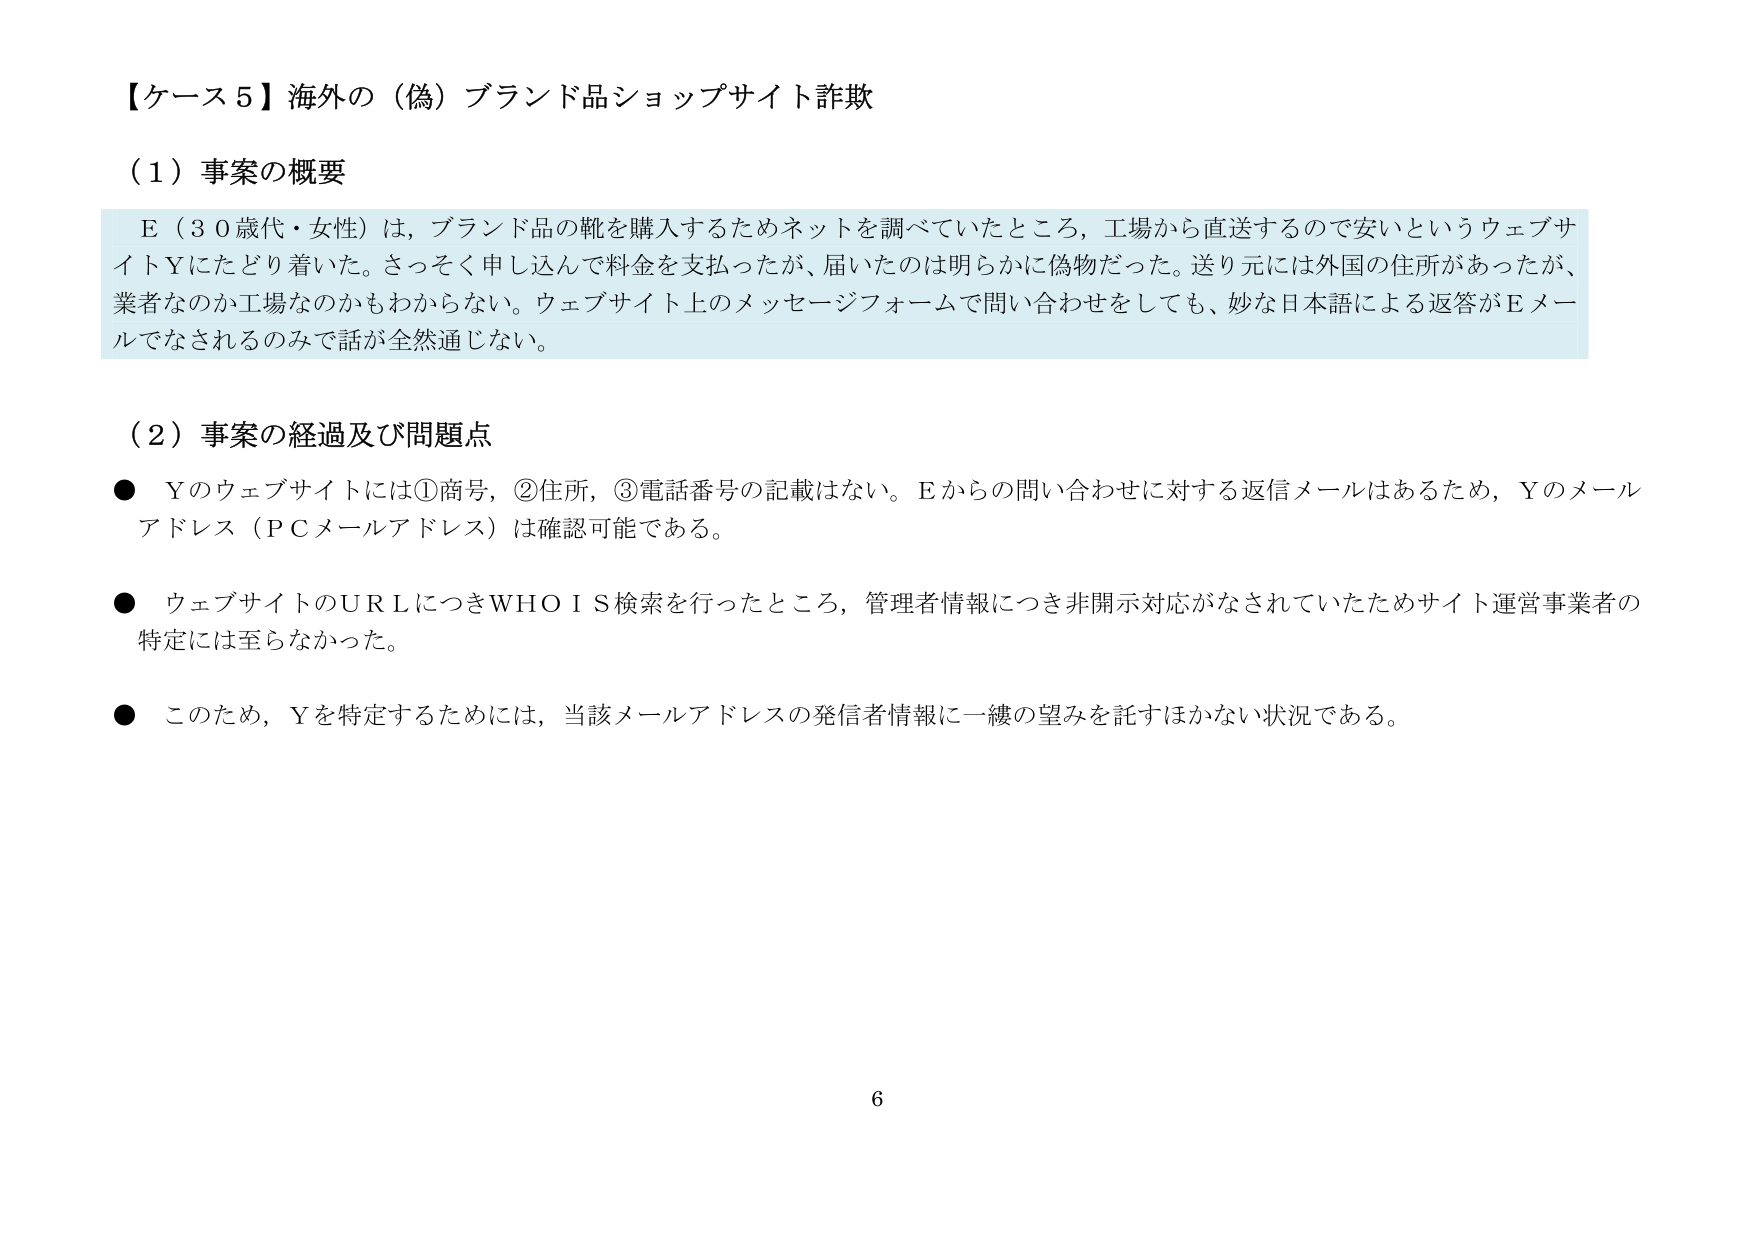
【ケース５】海外の（偽）ブランド品ショップサイト詐欺

（１）事案の概要
Ｅ（３０歳代・女性）は、ブランド品の靴を購入するためネットを調べていたところ、工場から直送するので安いというウェブサイトＹにたどり着いた。さっそく申し込んで料金を支払ったが、届いたのは明らかに偽物だった。送り元には外国の住所があったが、業者なのか工場なのかもわからない。ウェブサイト上のメッセージフォームで問い合わせをしても、妙な日本語による返答がＥメールでなされるのみで話が全然通じない。

（２）事案の経過及び問題点
● Ｙのウェブサイトには①商号，②住所，③電話番号の記載はない。Ｅからの問い合わせに対する返信メールはあるため，Ｙのメールアドレス（ＰＣメールアドレス）は確認可能である。
● ウェブサイトのＵＲＬにつきＷＨＯＩＳ検索を行ったところ，管理者情報につき非開示対応がなされていたためサイト運営事業者の特定には至らなかった。
● このため，Ｙを特定するためには，当該メールアドレスの発信者情報に一縷の望みを託すほかない状況である。

6